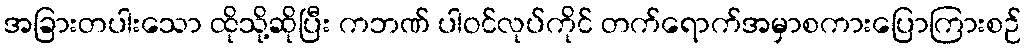
အခြားတပါးသော ထိုသို့ဆိုပြီး ကဘဏ် ပါဝင်လုပ်ကိုင် တက်ရောက်အမှာစကားပြောကြားစဉ်